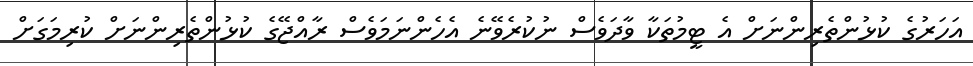
އަހަރުގެ ކުޅުންތެރިންނަށް އެ ޓީމުތަކާ ވާދަވެސް ނުކުރެވޭނެ އެހެންނަމަވެސް ރާއްޖޭގެ ކުޅުންތެރިންނަށް ކުރިމަގަށް